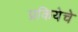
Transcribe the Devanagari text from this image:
प्रकियेचे